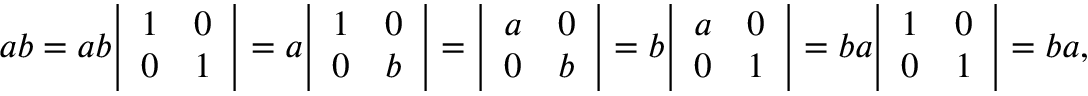
a b = a b { \left| \begin{array} { l l } { 1 } & { 0 } \\ { 0 } & { 1 } \end{array} \right| } = a { \left| \begin{array} { l l } { 1 } & { 0 } \\ { 0 } & { b } \end{array} \right| } = { \left| \begin{array} { l l } { a } & { 0 } \\ { 0 } & { b } \end{array} \right| } = b { \left| \begin{array} { l l } { a } & { 0 } \\ { 0 } & { 1 } \end{array} \right| } = b a { \left| \begin{array} { l l } { 1 } & { 0 } \\ { 0 } & { 1 } \end{array} \right| } = b a ,